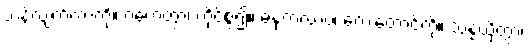
သန်လျက်ကာကို။ ဂဟေတွာ၊ ကိုင်စွဲ၍။ ဓနုကလာပံ၊ လေးတောင့်ကို။ သန္နယှိတွာ၊